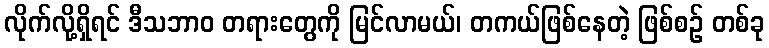
လိုက်လို့ရှိရင် ဒီသဘာဝ တရားတွေကို မြင်လာမယ်၊ တကယ်ဖြစ်နေတဲ့ ဖြစ်စဉ် တစ်ခု